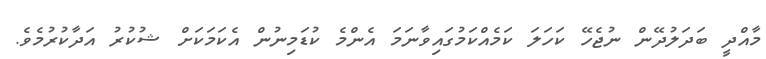
މާއްދީ ބަދަލުދޭން ނުޖެހޭ ކަހަލަ ކަމެއްކަމުގައިވާނަމަ އެންމެ ކުޑަމިނުން އެކަމަކަށް ޝުކުރު އަދާކުރުމެވެ.